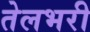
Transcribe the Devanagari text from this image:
तेलभरी